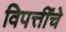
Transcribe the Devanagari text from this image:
विपत्तींचे